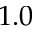
1 . 0